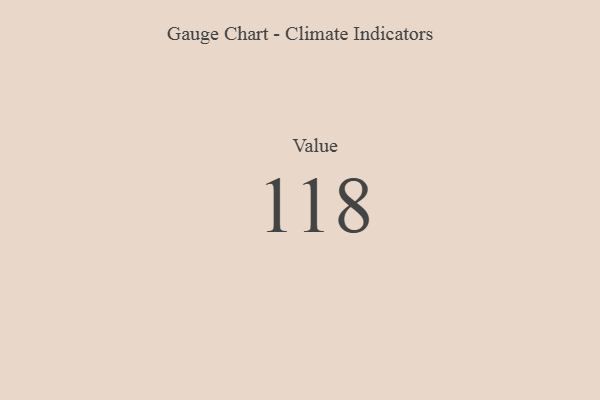
{"axis": {"x": "Metric", "y": "Value"}, "legend": [""], "data": [{"x": "Value", "y": 118, "type": ""}]}